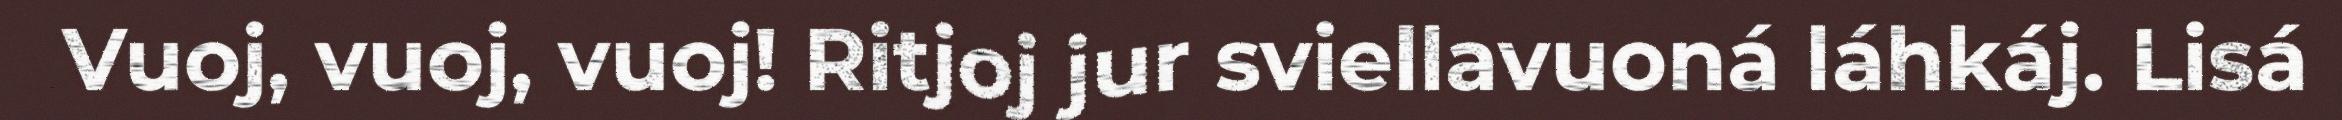
Vuoj, vuoj, vuoj! Ritjoj jur sviellavuoná láhkáj. Lisá